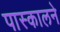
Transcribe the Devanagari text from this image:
पास्कालने